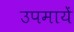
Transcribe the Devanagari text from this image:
उपमायें